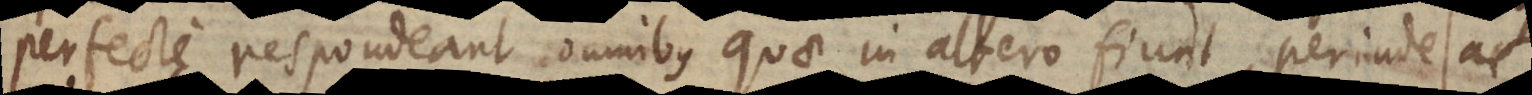
perfecte respondeant omnibus quae in altero fiunt, perinde ac